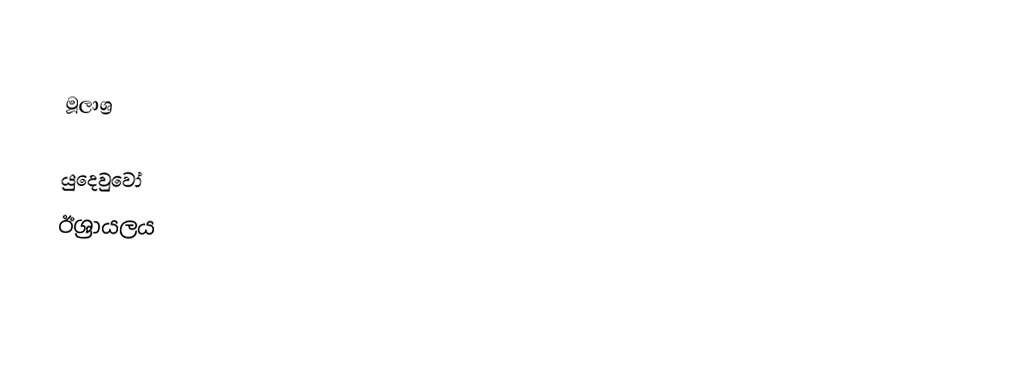

මූලාශ්‍ර

යුදෙවුවෝ
ඊශ්‍රායලය